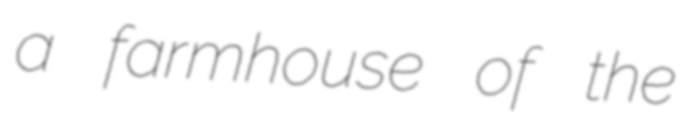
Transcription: a farmhouse of the